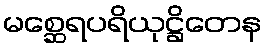
မစ္ဆေရပရိယုဋ္ဌိတေန